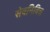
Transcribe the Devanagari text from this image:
सेवनिवित्त